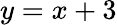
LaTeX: y=x+3